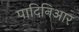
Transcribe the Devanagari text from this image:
पादिनिआर